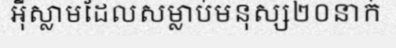
អ៊ីស្លាមដែលសម្លាប់មនុស្ស២០នាក់